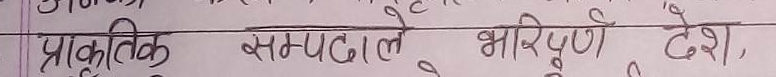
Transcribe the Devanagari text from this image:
प्राकृतिक सम्पदाले भरिपूर्ण देश,